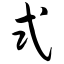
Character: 式